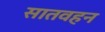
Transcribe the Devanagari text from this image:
सातवहन